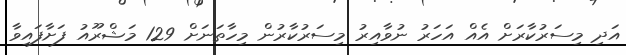
އަދި މިސަރުކާރަށް އެއް އަހަރު ނުވާއިރު މިސަރުކާރުން މިހާތަނަށް 129 މަޝްރޫއު ފަށާފައިވާ